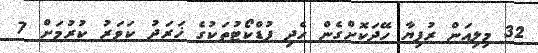
32 މިލިއަން ރުފިޔާ ހޭދަކޮށްގެން ހެދި ފުޑްކޯޓުތަކުގެ ޚަރަދު ކަވަރު ކުރުމަށް 7